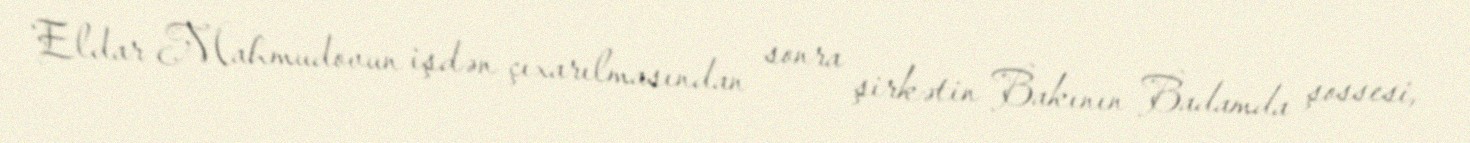
Eldar Mahmudovun işdən çıxarılmasından sonra şirkətin Bakının Badamda şossesi,